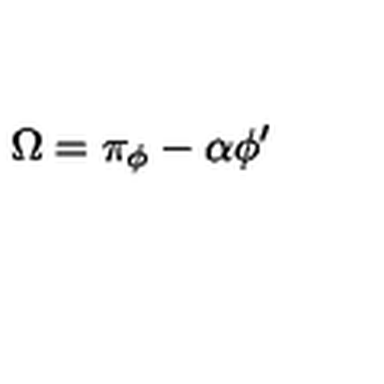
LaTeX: \Omega = \pi _ { \phi } - \alpha \phi ^ { \prime }